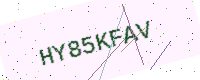
Text: HY85KFAV